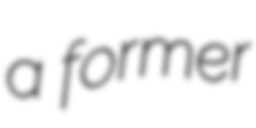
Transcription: a former